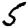
Digit: 5